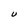
Character: U